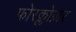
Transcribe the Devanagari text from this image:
फोरक्लोज़र